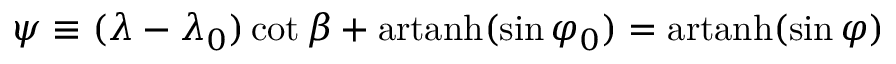
\psi \equiv ( \lambda - \lambda _ { 0 } ) \cot \beta + \operatorname { a r t a n h } ( \sin \varphi _ { 0 } ) = \operatorname { a r t a n h } ( \sin \varphi )